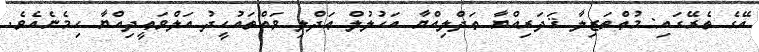
އޭގެ ތެރޭގައި: މުޢްތަޒިލާ ޤަދަރިއްޔާ ޢަދްލިއްޔާ އަހުލުލް ޢަދްލި ވައްތައުޙީދު އަލްވަޢީދިއްޔާ ހިމެނެއެވެ.